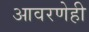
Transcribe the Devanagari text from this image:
आवरणेही